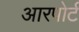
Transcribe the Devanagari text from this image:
आरपोर्ट